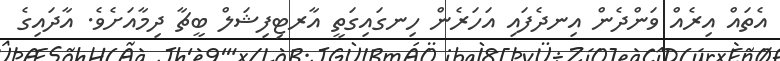
އެތައް އިރެއް ވަންދެން އިނދެފައި އަހަރެން ހިނގައިގަތީ އާރޓިފިޝަލް ބީޗާ ދިމާއަށެވެ. އާދައިގެ